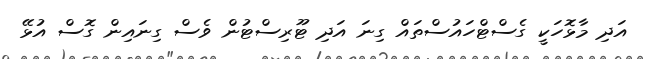
އަދި މާޅޮހަކީ ގެސްޓްހައުސްތައް ގިނަ އަދި ޓޫރިސްޓުން ވެސް ގިނައިން ގޮސް އުޅޭ